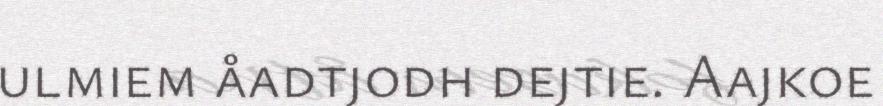
ulmiem åadtjodh dejtie. Aajkoe